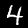
Label: 4